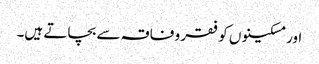
اور مسکینوں کو فقر و فاقہ سے بچاتے ہیں۔